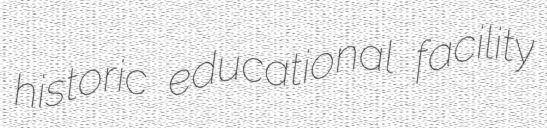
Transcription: historic educational facility